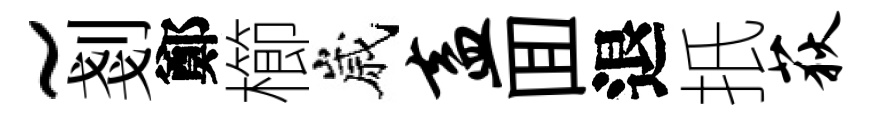
~剗鄭櫛嵗盍囬退扺荻